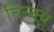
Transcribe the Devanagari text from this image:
चिन्क्यु